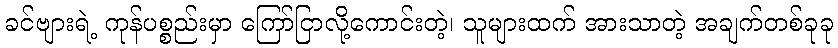
ခင်ဗျားရဲ့ ကုန်ပစ္စည်းမှာ ကြော်ငြာလို့ကောင်းတဲ့၊ သူများထက် အားသာတဲ့ အချက်တစ်ခုခု